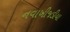
નવાખીજડીયા